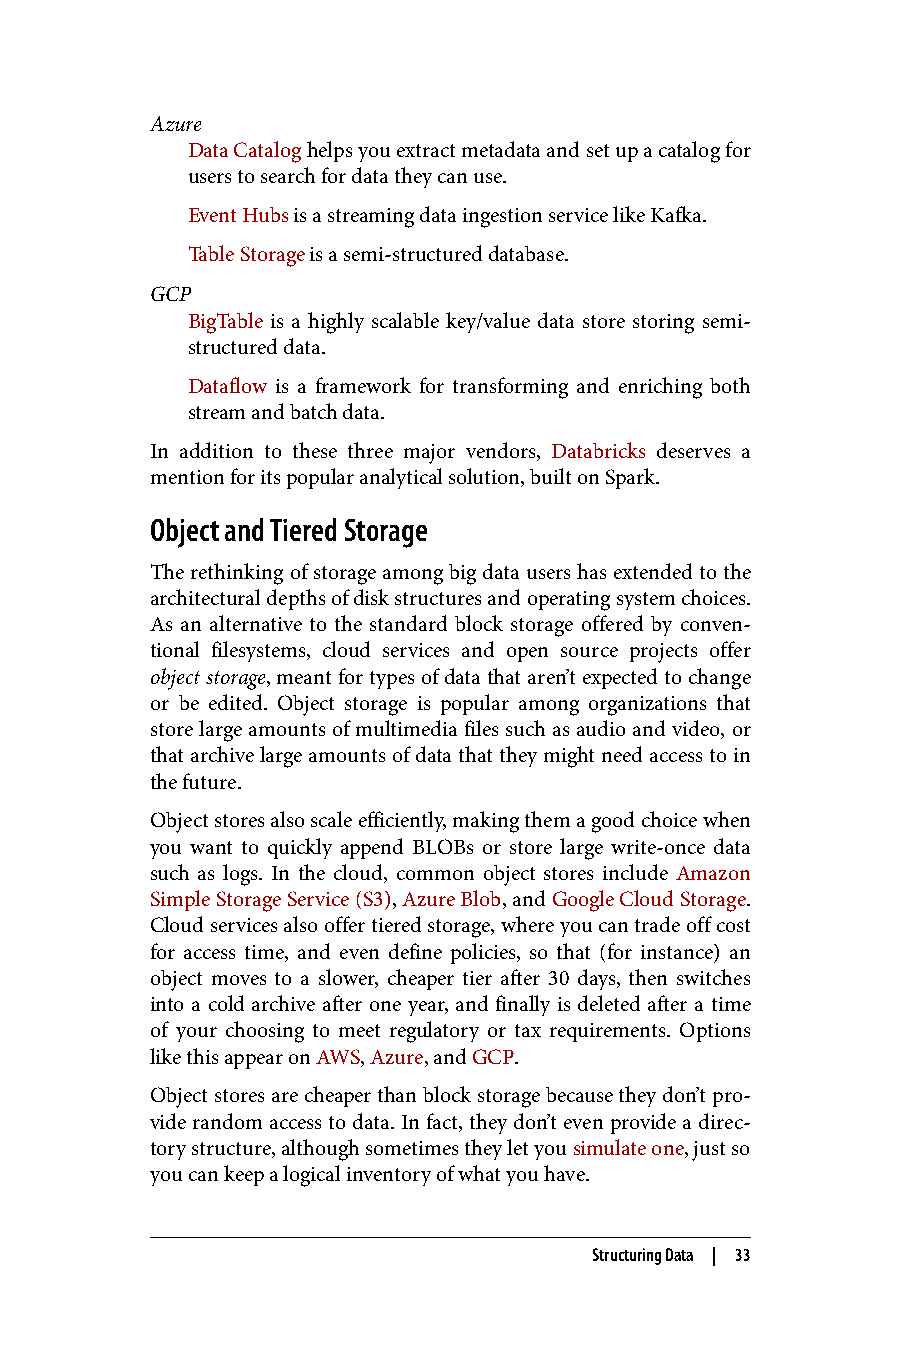
Azure
 Data Catalog helps you extract metadata and set up a catalog for
 users to search for data they can use.
 Event Hubs is a streaming data ingestion service like Kafka.
 Table Storage is a semi-structured database.
 GCP
 BigTable is a highly scalable key/value data store storing semi-
 structured data.
 Dataflow is a framework for transforming and enriching both
 stream and batch data.
 In addition to these three major vendors, Databricks deserves a
 mention for its popular analytical solution, built on Spark.
 Object and Tiered Storage
 The rethinking of storage among big data users has extended to the
 architectural depths of disk structures and operating system choices.
 As an alternative to the standard block storage offered by conven‐
 tional filesystems, cloud services and open source projects offer
 object storage, meant for types of data that aren’t expected to change
 or be edited. Object storage is popular among organizations that
 store large amounts of multimedia files such as audio and video, or
 that archive large amounts of data that they might need access to in
 the future.
 Object stores also scale efficiently, making them a good choice when
 you want to quickly append BLOBs or store large write-once data
 such as logs. In the cloud, common object stores include Amazon
 Simple Storage Service (S3), Azure Blob, and Google Cloud Storage.
 Cloud services also offer tiered storage, where you can trade off cost
 for access time, and even define policies, so that (for instance) an
 object moves to a slower, cheaper tier after 30 days, then switches
 into a cold archive after one year, and finally is deleted after a time
 of your choosing to meet regulatory or tax requirements. Options
 like this appear on AWS, Azure, and GCP.
 Object stores are cheaper than block storage because they don’t pro‐
 vide random access to data. In fact, they don’t even provide a direc‐
 tory structure, although sometimes they let you simulate one, just so
 you can keep a logical inventory of what you have.
 Structuring Data | 33